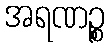
အရဏဉ္စ